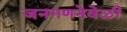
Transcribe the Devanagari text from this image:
जनगणनेवेळी